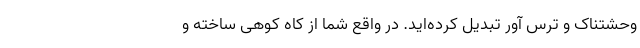
وحشتناک و ترس آور تبدیل کرده‌اید. در واقع شما از کاه کوهی ساخته و